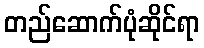
တည်ဆောက်ပုံဆိုင်ရာ